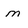
Character: m